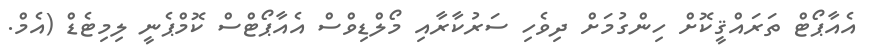
އެއާޕޯޓް ތަރައްޤީކޮށް ހިންގުމަށް ދިވެހި ސަރުކާރާއި މޯލްޑިވްސް އެއާޕޯޓްސް ކޮމްޕެނީ ލިމިޓެޑް (އެމް.